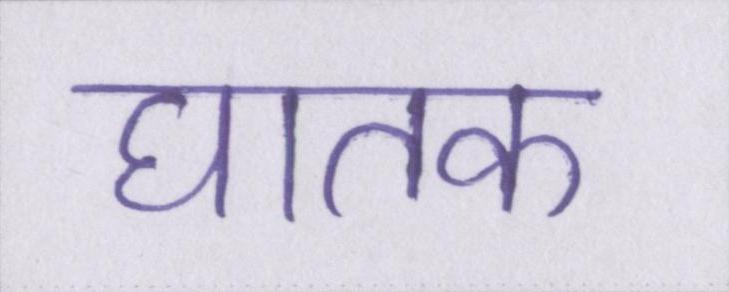
घातक